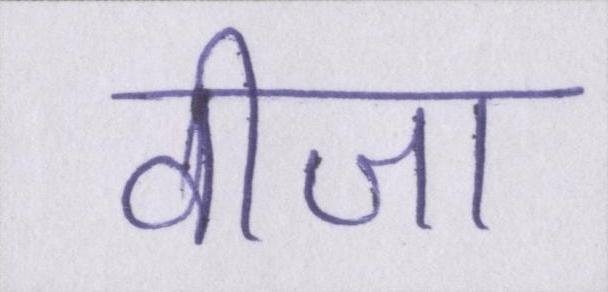
वीजा